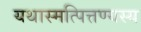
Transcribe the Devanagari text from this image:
यथास्मत्पित्तण्यस्य